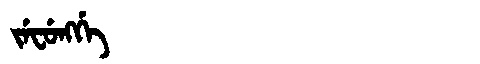
Manchu: ᠵᡝᠸᡠᠩᡤᡝ
Romanization: JEFUNGGE